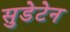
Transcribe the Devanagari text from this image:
सुडेटेन